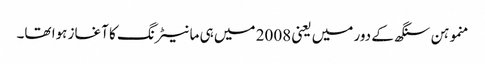
منموہن سنگھ کے دور میں یعنی 2008 میں ہی مانیٹرنگ کا آغاز ہوا تھا۔